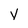
Character: V